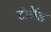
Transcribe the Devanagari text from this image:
टोलैंड